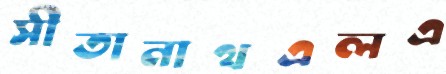
সীতানাথএলএ